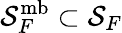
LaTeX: \mathcal{S}_{F}^{\mathrm{mb}}\subset\mathcal{S}_{F}